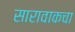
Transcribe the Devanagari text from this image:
सारावाकचा